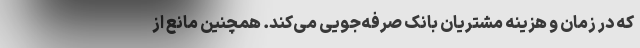
که در زمان و هزینه مشتریان بانک صرفه‌جویی می‌کند. همچنین مانع از